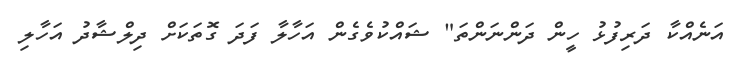
އަނެއްކާ ދަރިފުޅު ހީން ދަންނަންތަ" ޝައްކުވެގެން އަހާލާ ފަދަ ގޮތަކަށް ދިލްޝާދު އަހާލި